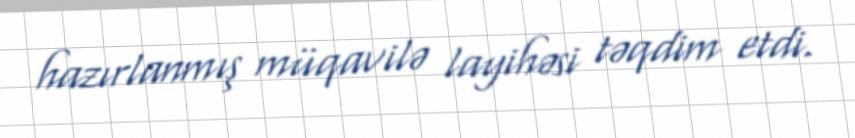
hazırlanmış müqavilə layihəsi təqdim etdi.